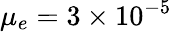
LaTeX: \mu_{e}=3\times{10}^{-5}